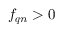
f _ { \boldsymbol { q } n } > 0